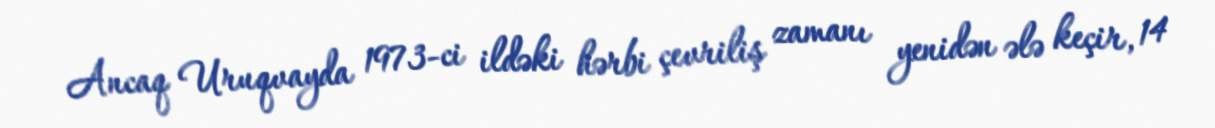
Ancaq Uruqvayda 1973-ci ildəki hərbi çevriliş zamanı yenidən ələ keçir, 14